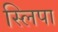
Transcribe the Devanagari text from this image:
स्लिपा